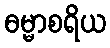
ဓမ္မာစရိယ